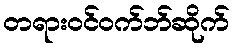
တရားဝင်ဝက်ဘ်ဆိုက်